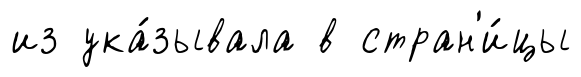
из ука́зывала в стран'и́цы